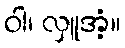
ဝါ၊ လှူအံ့။